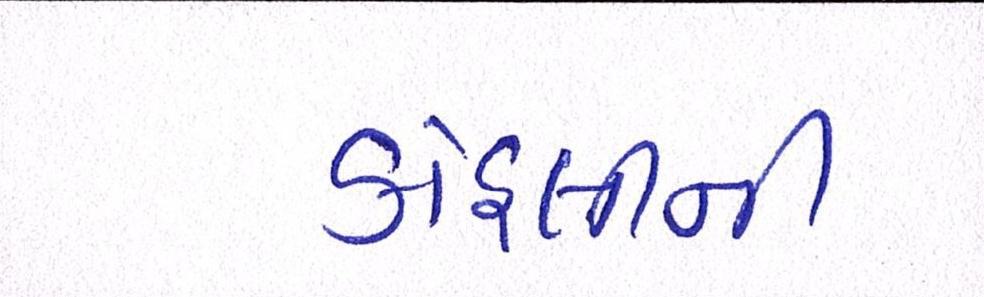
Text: કોહલીની